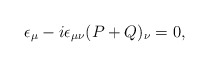
\begin{align*}\epsilon_\mu -i\epsilon_{\mu\nu}(P+Q)_\nu =0,\end{align*}